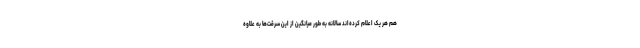
هم هر یک اعلام کرده‌اند سالانه به‌ طور میانگین از این سرقت‌ها به علاوه